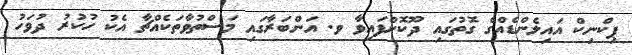
ޕިކްނިކް އައިލެންޑެއްގެ ގޮތުގައި ދޫކޮށްފައިވާ ވ. އަންބަރާގައި މަސްތުވާތަކެއްޗާ އެކު ހުކުރު ދުވަހު